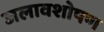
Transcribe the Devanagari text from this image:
जलावशोषण